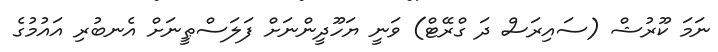
ނަމަ ކޫރުޝް (ސައިރަސް ދަ ގްރޭޓް) ވަނީ ޔަހޫދީންނަށް ފަލަސްޠީނަށް އެނބުރި އައުމުގެ